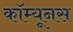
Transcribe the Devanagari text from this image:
कॉम्यूनस